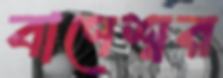
বাণেশ্বর